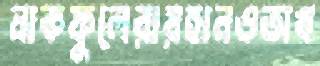
নাকফুলেরায়হানওঅখ